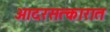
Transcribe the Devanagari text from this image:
आदरसत्कारात